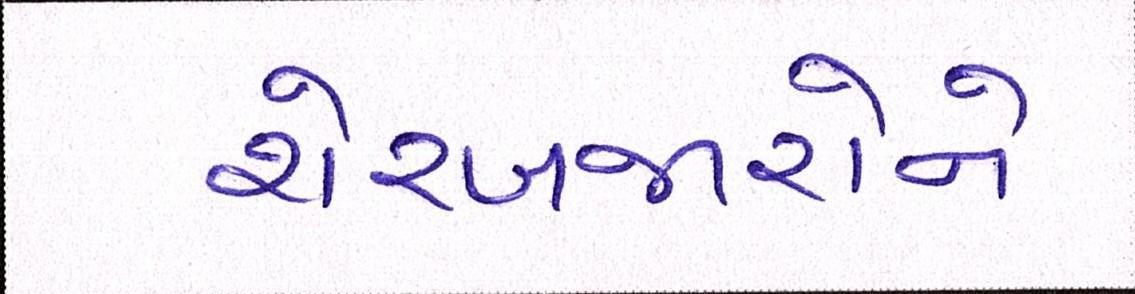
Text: શેરબજારોને